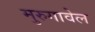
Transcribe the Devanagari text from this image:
मुरुगावेल